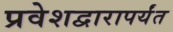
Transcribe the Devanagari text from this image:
प्रवेशद्वारापर्यंत